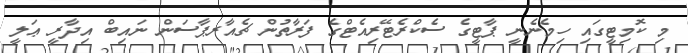
މި ކޮމިޓީގައި ހިމެނެނީ ޕާޓީގެ ސެކްރެޓޭރިއެޓްގެ ފަރާތުން ޗެއާރޕާސަން ނައިބް އިދާރީ ޢަލީ